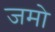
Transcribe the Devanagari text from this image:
जमो